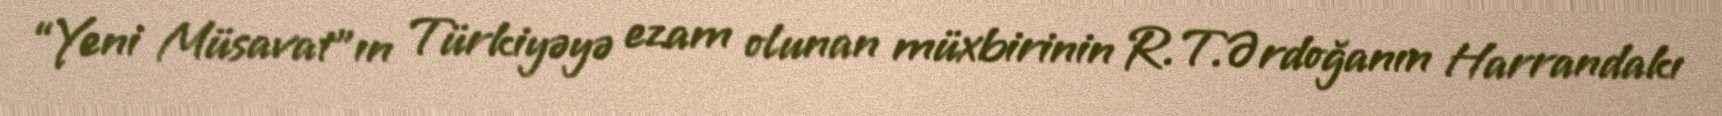
“Yeni Müsavat”ın Türkiyəyə ezam olunan müxbirinin R.T.Ərdoğanın Harrandakı